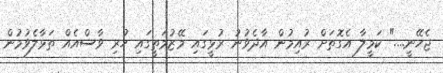
ޖެހޭނީ...." ކަމީލާ އެގޮތަށް ރުއިމުން އާދެވުނު ރުޅީގައި މޭޒުމަތީގައި ހުރި ވާސްއެއް ތަޅާލެވުމުން